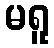
မရူ